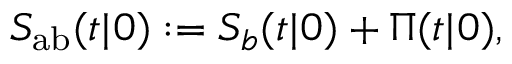
S _ { \mathrm { { a b } } } ( t | \r _ { 0 } ) : = S _ { b } ( t | \r _ { 0 } ) + \Pi ( t | \r _ { 0 } ) ,